Jaan_Tonisson_(Lasteleht), lk 221
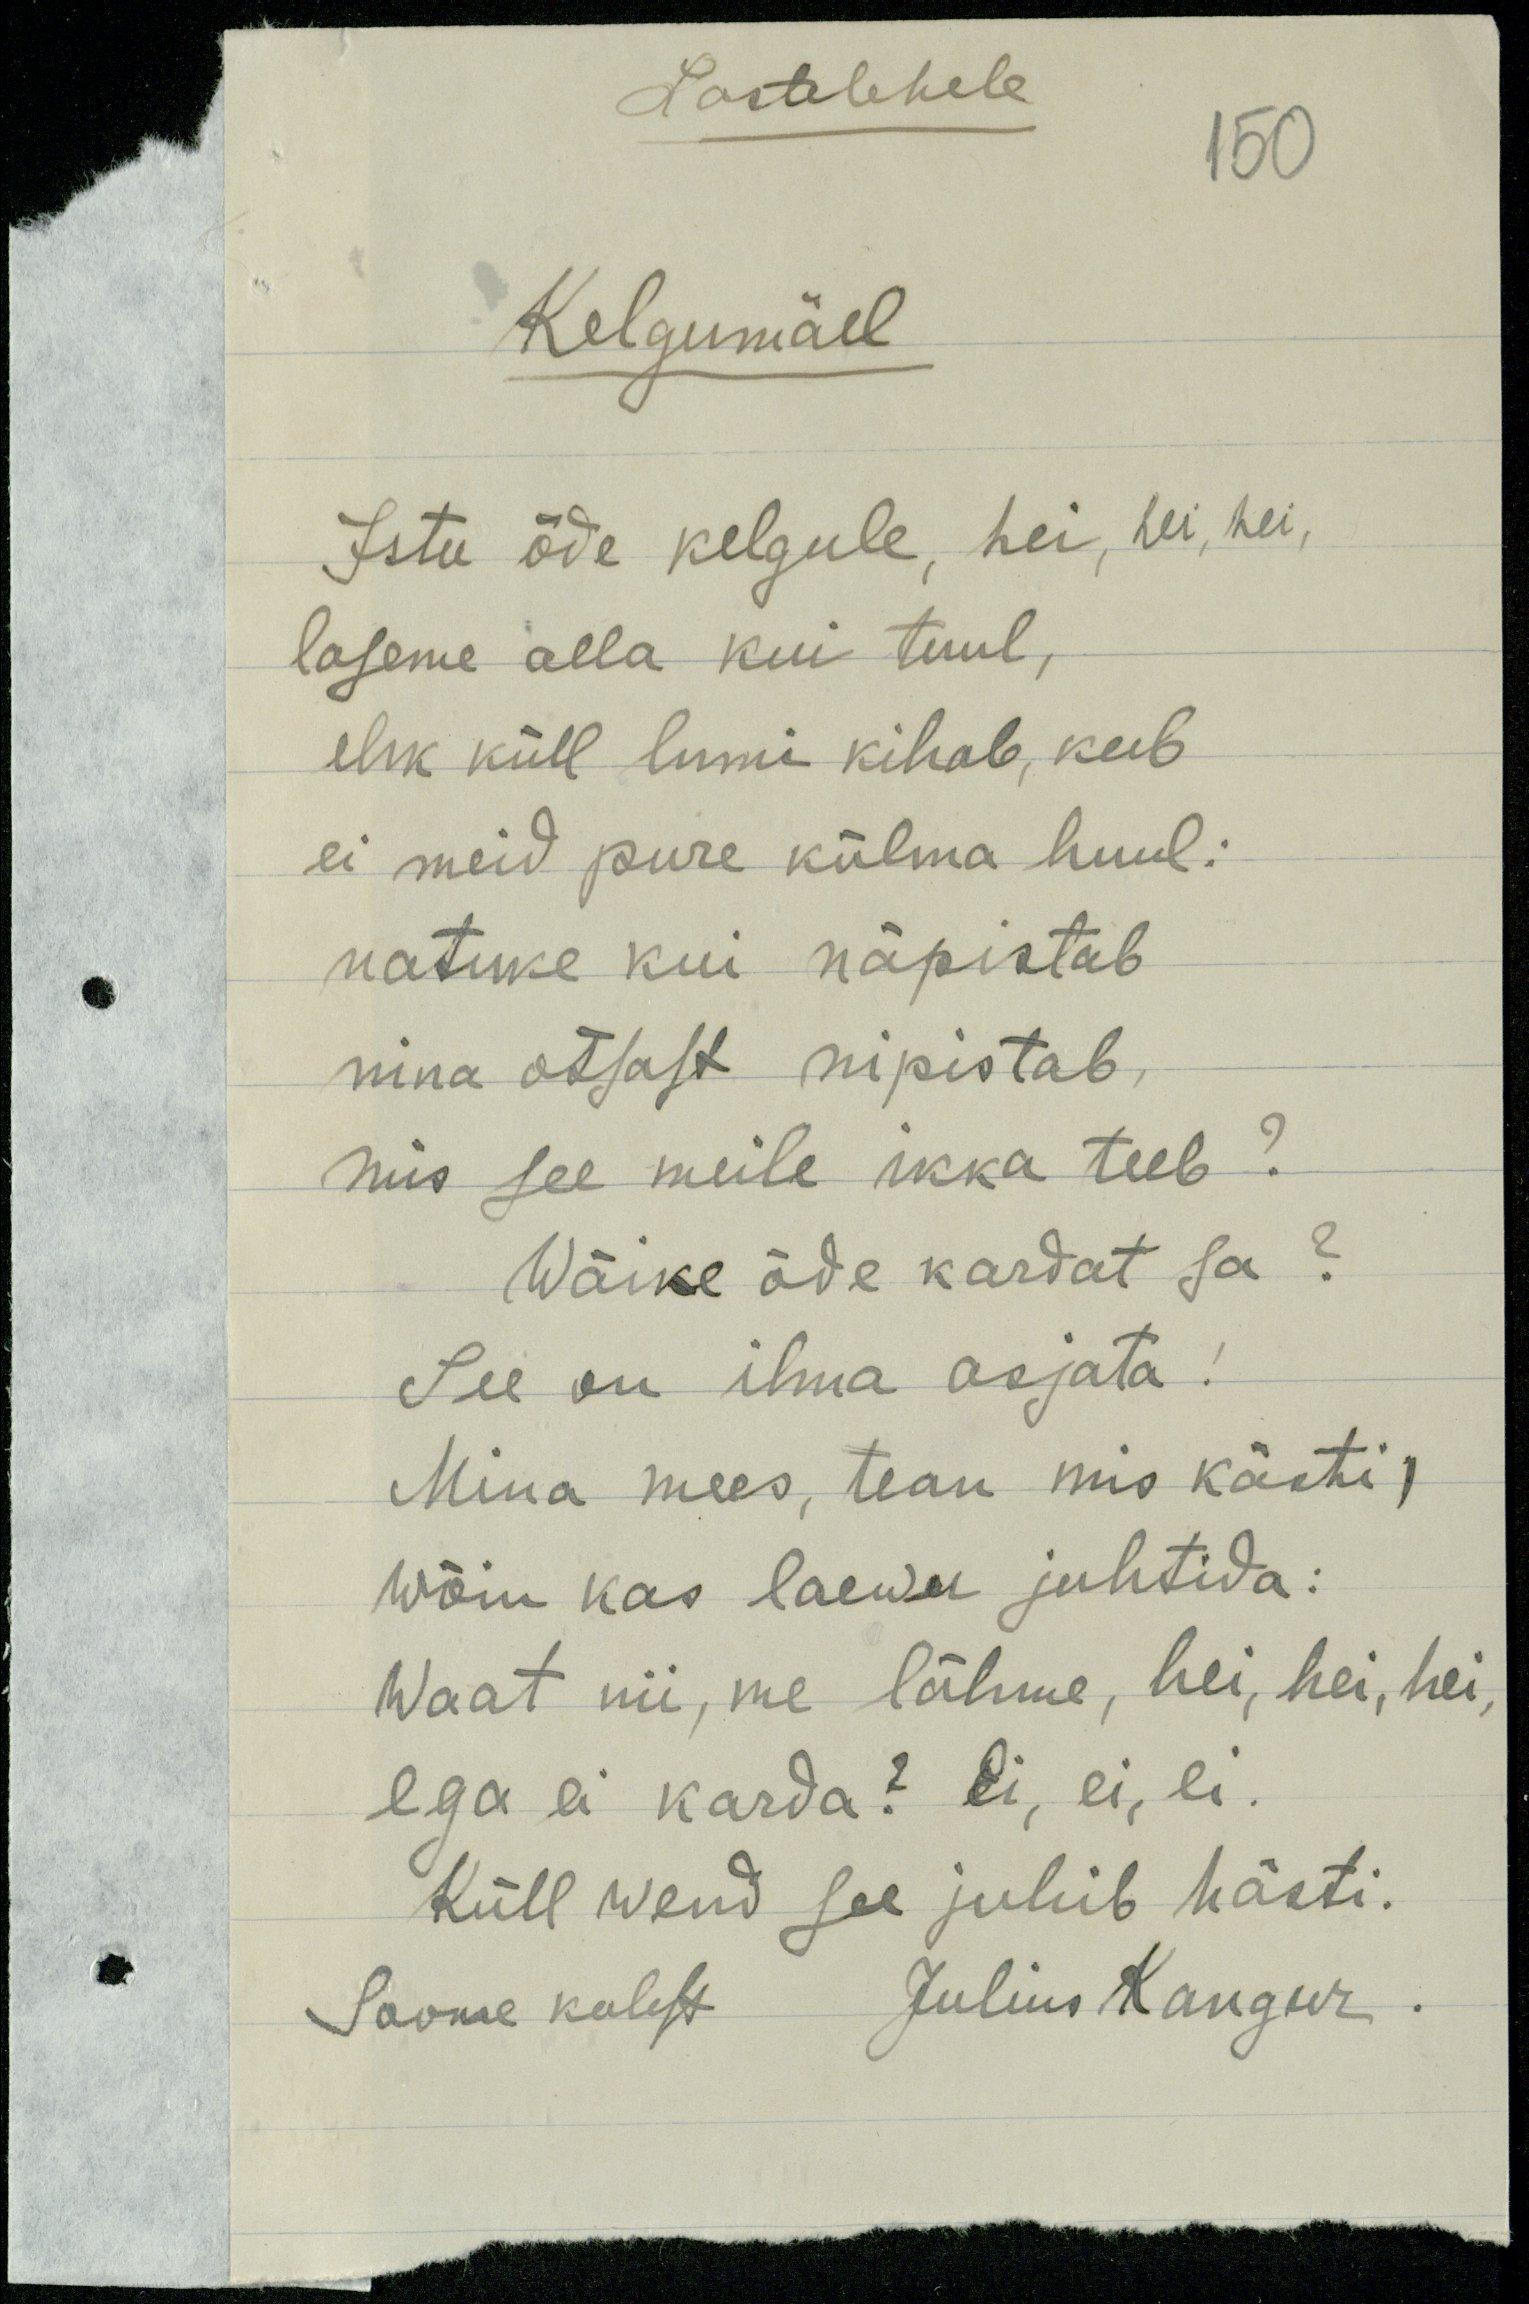
Lastelehele
150
Kelgumäel
Istu õde kelgule, hei, hei, hei,
laseme alla kui tuul,
ehk küll lumi kihab, keeb
ei meid pure külma huul:
natuke kui näpistab
nina otsast nipistab,
mis see meile ikka teeb?
Wäike õde kardat sa?
See on ilma asjata!
Mina mees, tean mis kästi,
wõin kas laewa juhtida:
waat nii, me lähme, hei, hei, hei,
ega ei karda? Ei, ei ei.
Küll wend see juhib hästi.
Soome keelest Julius Kangur.